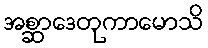
အစ္ဆာဒေတုကာမောသိ